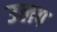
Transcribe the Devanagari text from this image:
उलप